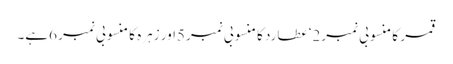
قمر کا منسوبی نمبر2‘ عطارد کا منسوبی نمبر5اور زہرہ کا منسوبی نمبر 6ہے۔